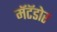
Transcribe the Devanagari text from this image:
मॅटॅडोर